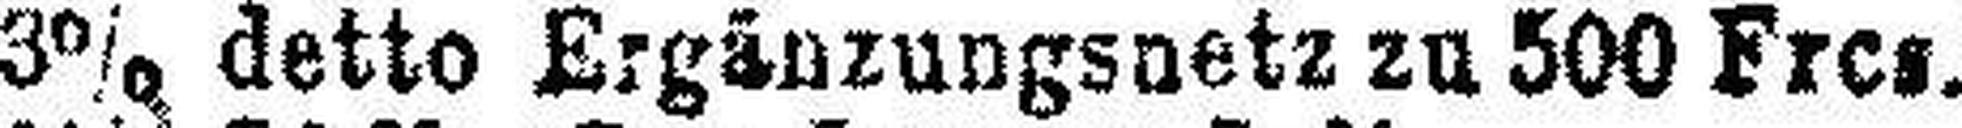
3% detto Ergänzungsnetz zu 500 Frcs.